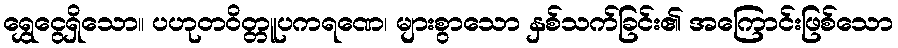
ရွှေငွေရှိသော။ ပဟုတဝိတ္တူပကရဏေ၊ များစွာသော နှစ်သက်ခြင်း၏ အကြောင်းဖြစ်သော